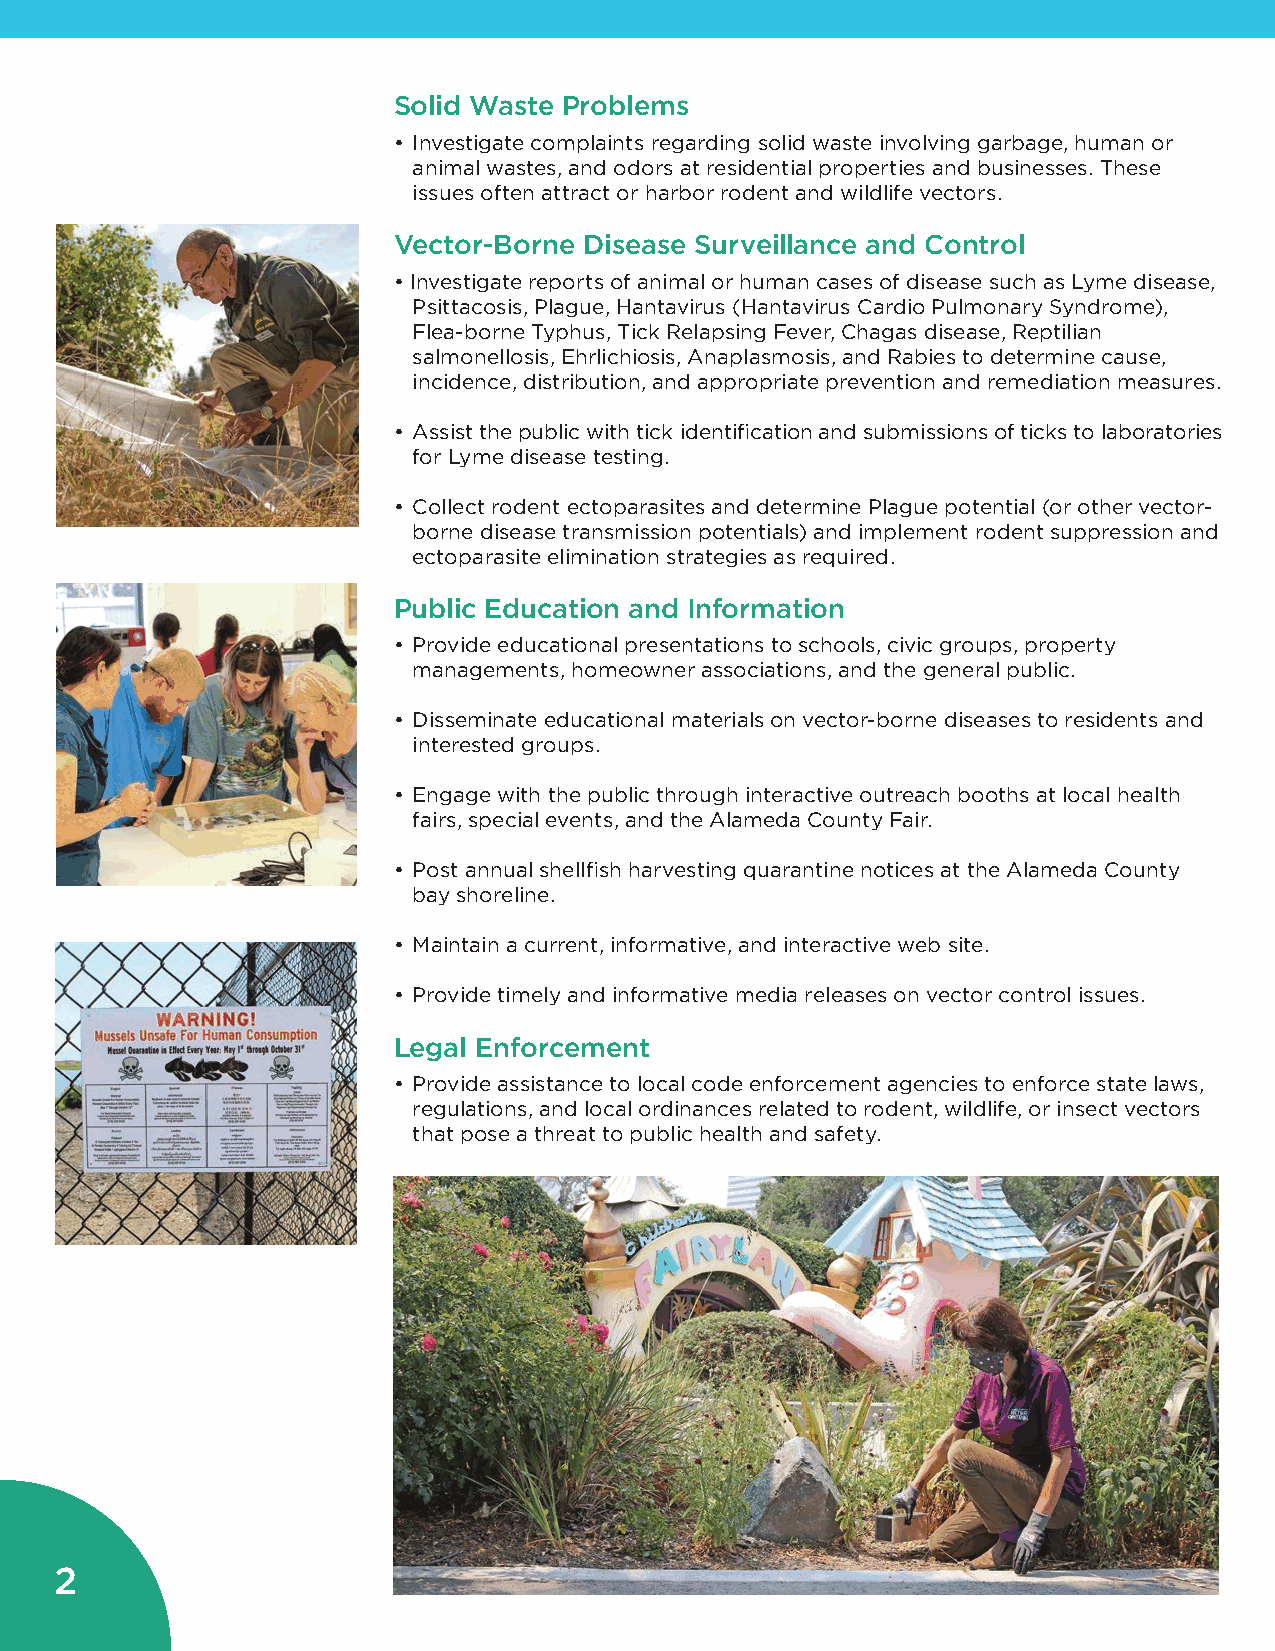
Solid Waste Problems
 • Investigate complaints regarding solid waste involving garbage, human or
 animal wastes, and odors at residential properties and businesses. These
 issues often attract or harbor rodent and wildlife vectors.
 Vector-Borne Disease Surveillance and Control
 • Investigate reports of animal or human cases of disease such as Lyme disease,
 Psittacosis, Plague, Hantavirus (Hantavirus Cardio Pulmonary Syndrome),
 Flea-borne Typhus, Tick Relapsing Fever, Chagas disease, Reptilian
 salmonellosis, Ehrlichiosis, Anaplasmosis, and Rabies to determine cause,
 incidence, distribution, and appropriate prevention and remediation measures.
 • Assist the public with tick identification and submissions of ticks to laboratories
 for Lyme disease testing.
 • Collect rodent ectoparasites and determine Plague potential (or other vector-
 borne disease transmission potentials) and implement rodent suppression and
 ectoparasite elimination strategies as required.
 Public Education and Information
 • Provide educational presentations to schools, civic groups, property
 managements, homeowner associations, and the general public.
 • Disseminate educational materials on vector-borne diseases to residents and
 interested groups.
 • Engage with the public through interactive outreach booths at local health
 fairs, special events, and the Alameda County Fair.
 • Post annual shellfish harvesting quarantine notices at the Alameda County
 bay shoreline.
 • Maintain a current, informative, and interactive web site.
 • Provide timely and informative media releases on vector control issues.
 Legal Enforcement
 • Provide assistance to local code enforcement agencies to enforce state laws,
 regulations, and local ordinances related to rodent, wildlife, or insect vectors
 that pose a threat to public health and safety.
 2